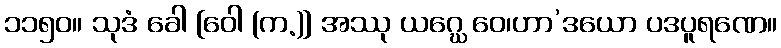
၁၁၅၀။ သုဒံ ခေါ [ဝေါ (က.)] အဿု ယဂ္ဃေ ဝေ၊ဟာ’ဒယော ပဒပူရဏေ။